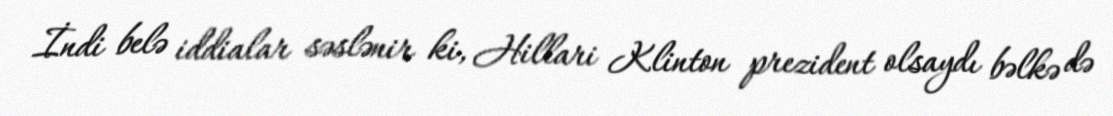
İndi belə iddialar səslənir ki, Hillari Klinton prezident olsaydı bəlkə də